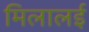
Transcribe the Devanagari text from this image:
मिलालई